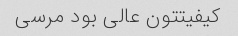
کیفیتتون عالی بود مرسی